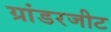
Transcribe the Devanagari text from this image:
ग्रांडरजीट